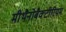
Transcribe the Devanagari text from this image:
मीथैनोबैक्टीरियम